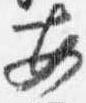
安